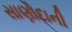
સાણોદાની